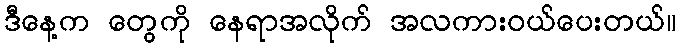
ဒီနေ့က တွေကို နေရာအလိုက် အလကားဝယ်ပေးတယ်။